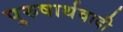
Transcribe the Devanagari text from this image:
पुरुषार्थवादी